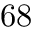
6 8